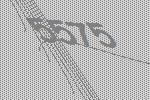
5575